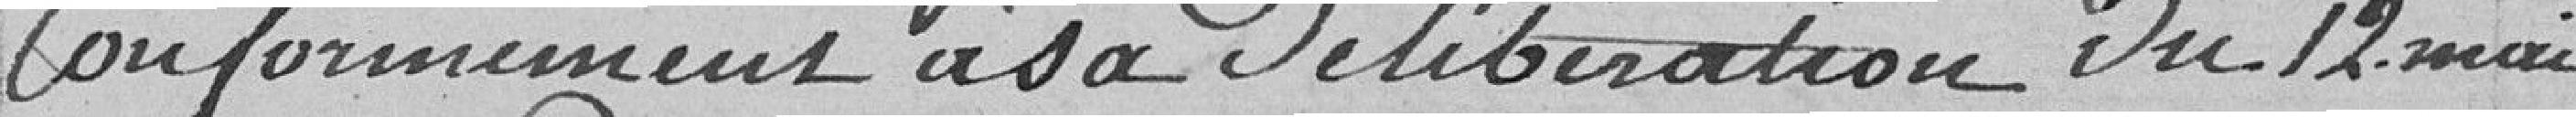
Conformément à sa délibération du 12 mai